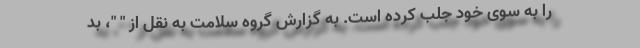
را به سوی خود جلب کرده است. به گزارش گروه سلامت به نقل از " "، بد